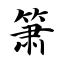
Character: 箫